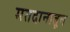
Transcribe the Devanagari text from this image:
मतदानातून